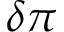
\delta \pi